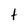
Character: t